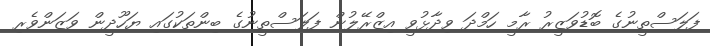
ފަލަސްތީނުގެ ބޮޑުވަޒީރު ރާމީ ހަމްދަ ވިދާޅުވީ އިޒްރޭލުން ފަލަސްތީނުގެ ބިންތަކުގައި ޔަހޫދީން ވަޒަންވެރި